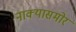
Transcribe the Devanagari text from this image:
नाक्‍यासमोर